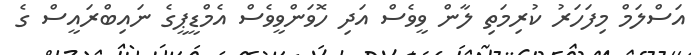
އަސްލަމް މިފަހަރު ކުރިމަތި ލާން ވީވެސް އަދި ހޮވަންވީވެސް އެމްޑީޕީގެ ނައިބްރައީސް ގެ